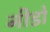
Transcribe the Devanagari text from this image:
नीडो